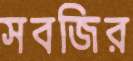
সবজির